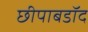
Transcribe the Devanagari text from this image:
छीपाबडॉद